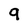
Character: 9